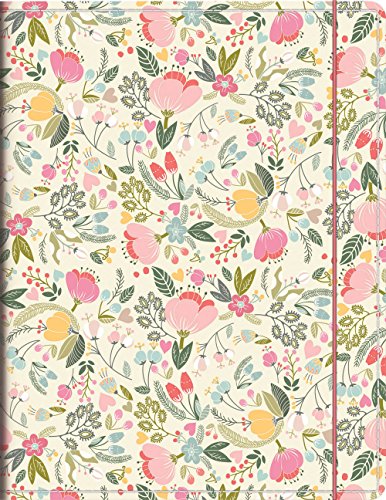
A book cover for Orange Circle Studio 17-Month 2016 Just Right Monthly Planner, Secret Garden; Orange Circle Studios; Calendars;